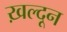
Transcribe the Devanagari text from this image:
ख़ल्दून